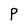
Character: P